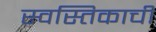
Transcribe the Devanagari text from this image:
स्वस्तिकाची